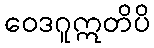
ဝေဒဂူဣတိပိ